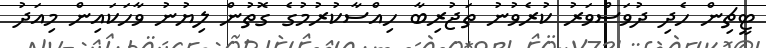
ޓީޗިން ހެދި ދުވަސްވަރު ކުރެވުނު ތަޖުރިބާ ހިއްސާކުރުމުގެ ގޮތުން ލިޔުނު ވާހަކައިން މިއަދު